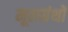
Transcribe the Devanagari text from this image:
मूलग्रंथों